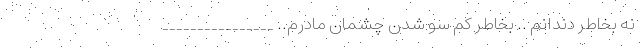
نه بخاطر دندانم .. بخاطر کم سو شدن چشمان مادرم.. ________________